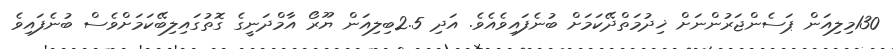
130މިލިއަން ޕަސެންޖަރުންނަށް ޚިދުމަތްދޭކަމަށް ބުނެފައިވެއެވެ. އަދި 2.5ބިލިއަން ޔޫރޯ އާމްދަނީގެ ގޮތުގައިލިބޭކަމަށްވެސް ބުނެފައިވެ